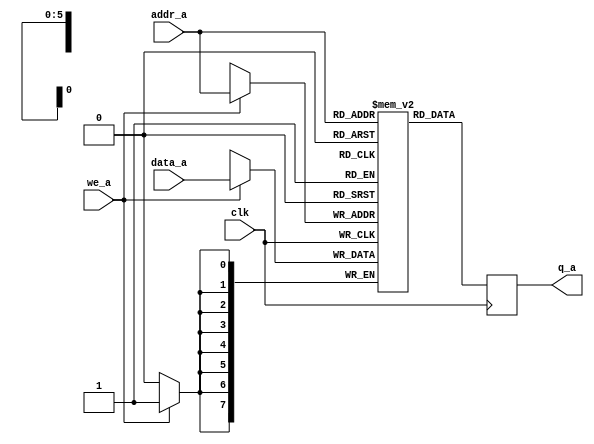
module lutram_1w1r
#(parameter D_WIDTH=8, A_WIDTH=6)
(
	input [D_WIDTH-1:0] data_a,
	input [A_WIDTH:1] addr_a,
	input we_a, clk,
	output reg [D_WIDTH-1:0] q_a
);
	// Declare the RAM variable
	reg [D_WIDTH-1:0] ram[(2**A_WIDTH)-1:0];

	// Port A
	always @ (posedge clk)
	begin
		if (we_a)
			ram[addr_a] <= data_a;
		q_a <= ram[addr_a];
	end
endmodule


module lutram_1w3r
#(parameter D_WIDTH=8, A_WIDTH=5)
(
	input [D_WIDTH-1:0] data_a, data_b, data_c,
	input [A_WIDTH:1] addr_a, addr_b, addr_c,
	input we_a, clk,
	output reg [D_WIDTH-1:0] q_a, q_b, q_c
);
	// Declare the RAM variable
	reg [D_WIDTH-1:0] ram[(2**A_WIDTH)-1:0];

	// Port A
	always @ (posedge clk)
	begin
		if (we_a)
			ram[addr_a] <= data_a;
		q_a <= ram[addr_a];
		q_b <= ram[addr_b];
		q_c <= ram[addr_c];
	end
endmodule